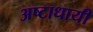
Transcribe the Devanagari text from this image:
अष्‍टाधायी